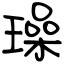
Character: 璪